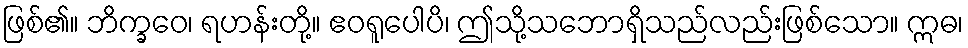
ဖြစ်၏။ ဘိက္ခဝေ၊ ရဟန်းတို့။ ဧဝရူပေါပိ၊ ဤသို့သဘောရှိသည်လည်းဖြစ်သော။ ဣဓ၊